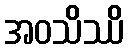
အဝသိဿိ